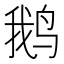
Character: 鹅